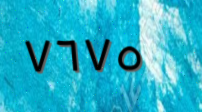
٧٦٧٥